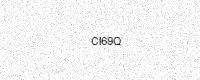
Text: CI69Q